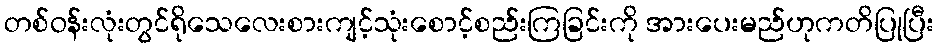
တစ်ဝန်းလုံးတွင်ရိုသေလေးစားကျင့်သုံးစောင့်စည်းကြခြင်းကို အားပေးမည်ဟုကတိပြုပြီး